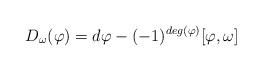
LaTeX: \begin{align*}D_{\omega} (\varphi)=d\varphi -(-1)^{deg(\varphi)}[\varphi ,\omega]\end{align*}